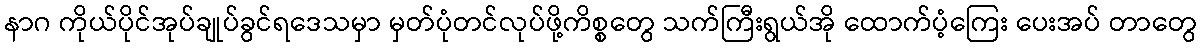
နာဂ ကိုယ်ပိုင်အုပ်ချုပ်ခွင်ရဒေသမှာ မှတ်ပုံတင်လုပ်ဖို့ကိစ္စတွေ သက်ကြီးရွယ်အို ထောက်ပံ့ကြေး ပေးအပ် တာတွေ